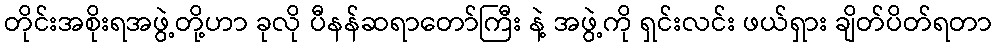
တိုင်းအစိုးရအဖွဲ့တို့ဟာ ခုလို ပီနန်ဆရာတော်ကြီး နဲ့ အဖွဲ့ကို ရှင်းလင်း ဖယ်ရှား ချိတ်ပိတ်ရတာ